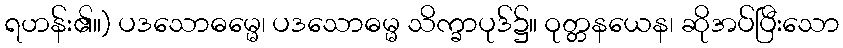
ရဟန်း၏။) ပဒသောဓမ္မေ၊ ပဒသောဓမ္မ သိက္ခာပုဒ်၌။ ဝုတ္တနယေန၊ ဆိုအပ်ပြီးသော